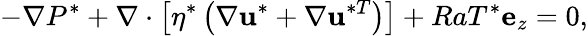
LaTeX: -\nabla P^{*}+\nabla\cdot\left[\eta^{*}\left(\nabla\mathbf{u}^{*}+\nabla\mathbf{u}^{*T}\right)\right]+RaT^{*}\mathbf{e}_{z}=0,